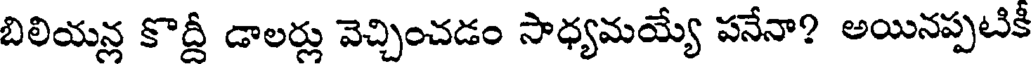
బిలియన్ల కొద్దీ డాలర్లు వెచ్చించడం సాధ్యమయ్యే పనేనా? అయినప్పటికీ